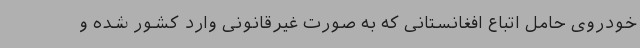
خودروی حامل اتباع افغانستانی که به صورت غیرقانونی وارد کشور شده و